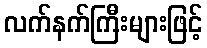
လက်နက်ကြီးများဖြင့်